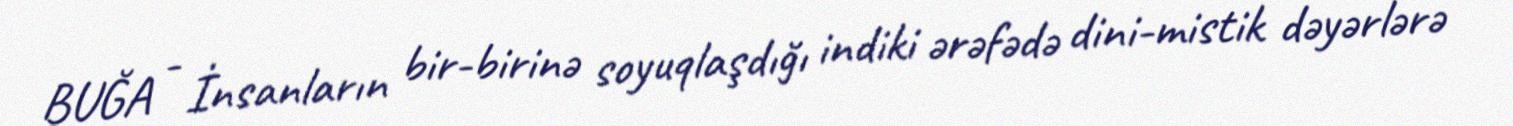
BUĞA - İnsanların bir-birinə soyuqlaşdığı indiki ərəfədə dini-mistik dəyərlərə